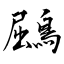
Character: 鶌